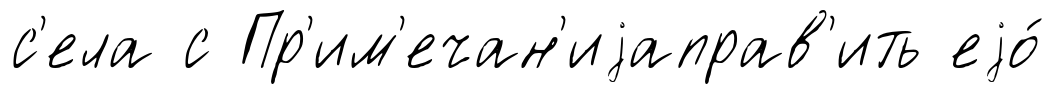
с'ела с Пр'им'ечан'иjаправ'ить еjо́